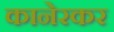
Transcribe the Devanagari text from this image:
कानेरकर